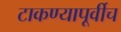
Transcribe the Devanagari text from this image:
टाकण्यापूर्वीच